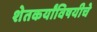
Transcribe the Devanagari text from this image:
शेतकर्यांविषयीचे